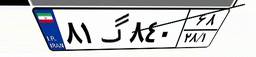
۸۱گ۸۴۰۶۸